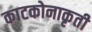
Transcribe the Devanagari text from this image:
काटकोनाकृती